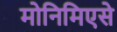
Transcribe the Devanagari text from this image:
मोनिमिएसे